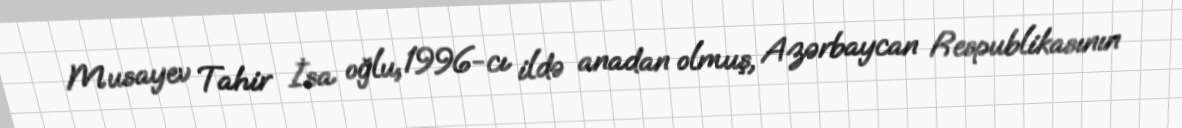
Musayev Tahir İsa oğlu, 1996-cı ildə anadan olmuş, Azərbaycan Respublikasının